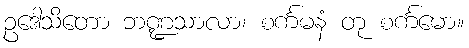
ဥဒေါသိတော ဘဏ္ဍသာလာ၊ စင်္ကမနံ တု စင်္ကမော။